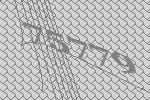
75779